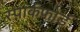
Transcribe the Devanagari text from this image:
स्पार्कफोर्ड